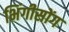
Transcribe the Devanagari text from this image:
भिंगीसोंग